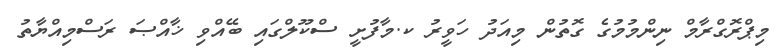
މިޕްރޮގްރާމް ނިންމުމުގެ ގޮތުން މިއަދު ހަވީރު ކ.މާފުށީ ސްކޫލްގައި ބޭއްވި ޚާއްޞަ ރަސްމިއްޔާތު